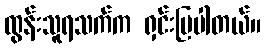
ထွန်းသူရသက်က ရှင်းပြပါတယ်။